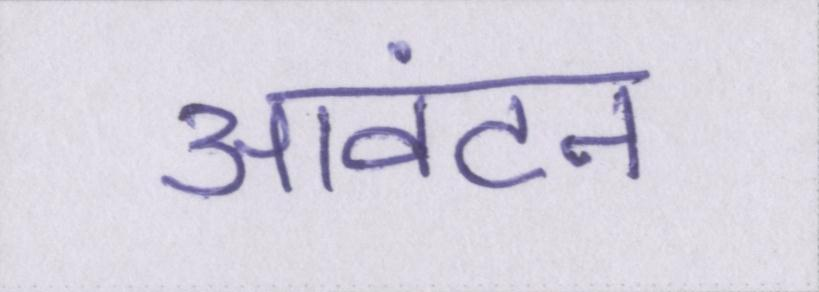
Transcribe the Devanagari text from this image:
आवंटन